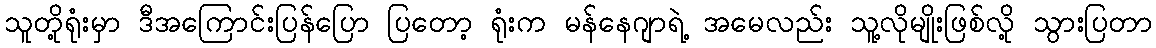
သူတို့ရုံးမှာ ဒီအကြောင်းပြန်ပြော ပြတော့ ရုံးက မန်နေဂျာရဲ့ အမေလည်း သူ့လိုမျိုးဖြစ်လို့ သွားပြတာ